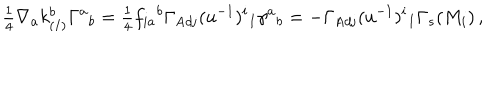
{ \textstyle \frac { 1 } { 4 } } \nabla _ { a } k _ { ( I ) } ^ { b } \Gamma ^ { a } { } _ { b } = { \textstyle \frac { 1 } { 4 } } f _ { i a } { } ^ { b } \Gamma _ { \mathrm { A d j } } ( u ^ { - 1 } ) ^ { i } { } _ { I } \gamma ^ { a } { } _ { b } = - \Gamma _ { \mathrm { A d j } } ( u ^ { - 1 } ) ^ { i } { } _ { I } \Gamma _ { s } ( M _ { i } ) \, ,